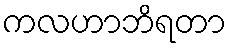
ကလဟာဘိရတာ